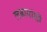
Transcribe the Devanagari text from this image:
लढायांशी